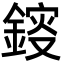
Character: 䤹